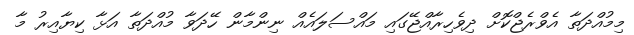
މިމުއްދަތާ އެވްރެޖްކޮށް ދިވެހިރާއްޖޭގައި މައްސަލައެއް ނިންމާން ހޭދަވާ މުއްދަތާ އަޅާ ކިޔާއިރު މާ